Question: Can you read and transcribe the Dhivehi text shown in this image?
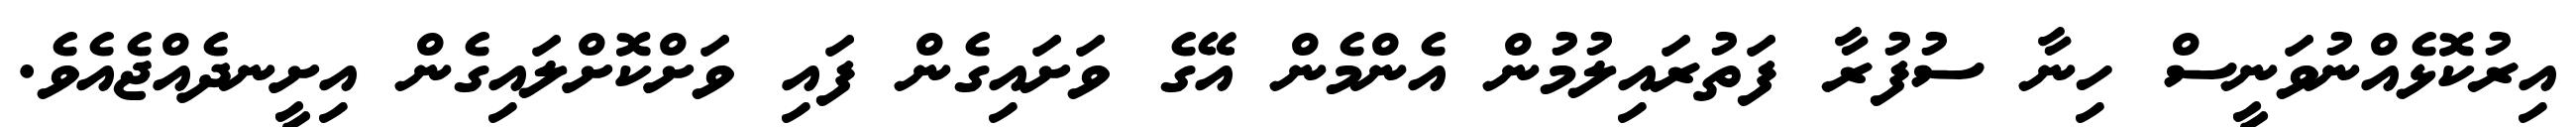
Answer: އިރުކޮޅެއްނުވަނީސް ހިނާ ސުފުރާ ފަތުރައިލުމުން އެންމެން އޭގެ ވަށައިގެން ފައި ވަށްކޮށްލައިގެން އިށީނދެއްޖެއެވެ.